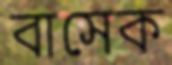
বাসেক